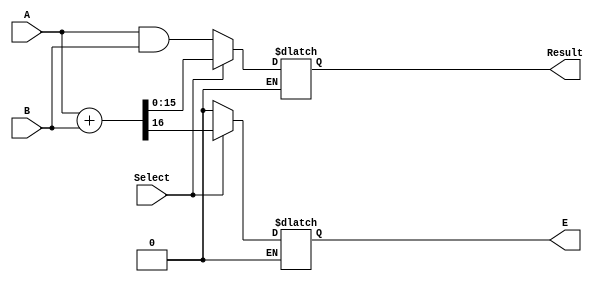
module alu(
A,			// 16 bit data inputs
B,			// 16 bit data inputs
Result,		// 16 bit data outputs
E,			// 1 extension bit
Select		// 1 selector
);

/* ............ Input ports ............ */
input [15:0] A;
input [15:0] B;
input Select;

/* ............ Output ports ............ */
output [15:0] Result;
output E;

/*.........Input Ports Data Type.........*/
wire [15:0] A;
wire [15:0] B;
wire Select;

/* ..........Output Ports Data Type ..........*/
reg [15:0] Result;
reg E;

/* ............ Code starts here ............ */
always @ (*)
begin
	if (Select == 1'b0) begin
	Result <= A & B;
	E = 1'b0;
	end
	else if (Select == 1'b1) begin
	{E, Result} <= {1'b0, A} + {1'b0, B};
	end
end
endmodule